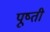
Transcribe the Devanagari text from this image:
पूष्ती